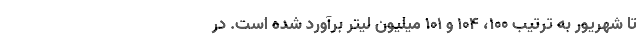
تا شهریور به ترتیب ۱۰۰، ۱۰۴ و ۱۰۱ میلیون لیتر برآورد شده است. در